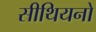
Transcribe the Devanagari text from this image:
सीथियनों